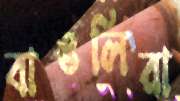
বাঙলিরা